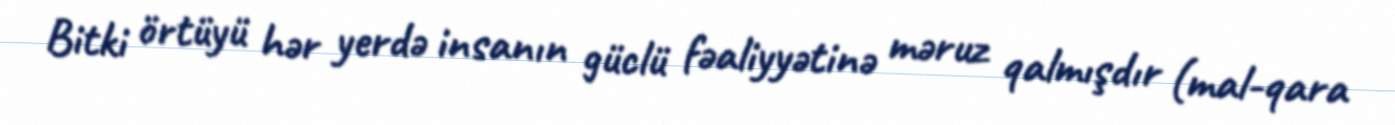
Bitki örtüyü hər yerdə insanın güclü fəaliyyətinə məruz qalmışdır (mal-qara